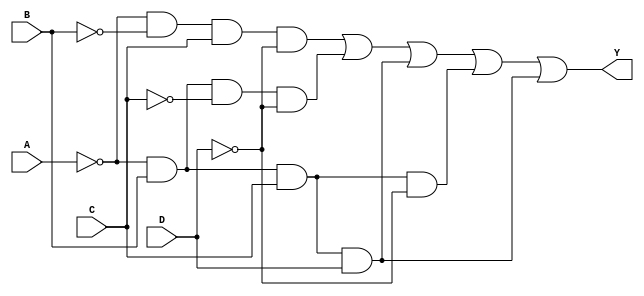
module combinational_logic_block (
    input wire A,      // Input variable A
    input wire B,      // Input variable B
    input wire C,      // Input variable C
    input wire D,      // Input variable D
    output wire Y      // Output Y
);

// Define the minterms for the Boolean function.
// For example, let's assume the function is defined by minterms 1, 2, 5, 6, 7 (in binary: 0001, 0010, 0101, 0110, 0111).
// This corresponds to the function: F(A, B, C, D) = (1, 2, 5, 6, 7)

wire m1 = (~A & ~B &  C & ~D); // minterm 1
wire m2 = (~A &  B & ~C & ~D); // minterm 2
wire m5 = (~A &  B &  C &  D); // minterm 5
wire m6 = (~A &  B &  C & ~D); // minterm 6
wire m7 = (~A &  B &  C &  D); // minterm 7

// Identify essential prime implicants
// In this case, we can directly combine the minterms that cover the output.
assign Y = m1 | m2 | m5 | m6 | m7;

endmodule